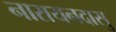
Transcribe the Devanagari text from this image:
नारायनदासु